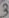
Text: 3